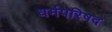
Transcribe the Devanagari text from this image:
धर्मपरिषद